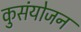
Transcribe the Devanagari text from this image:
कुसंयोजन